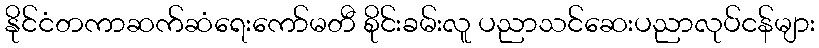
နိုင်ငံတကာဆက်ဆံရေးကော်မတီ စိုင်းခမ်းလူ ပညာသင်ဆေးပညာလုပ်ငန်များ